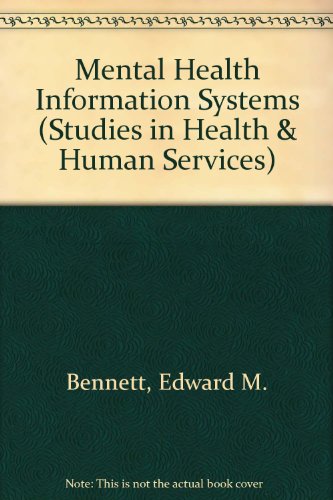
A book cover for Mental Health Information Systems: Problems and Prospects (Studies in Health and Human Services ; V. 1); Medical Books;